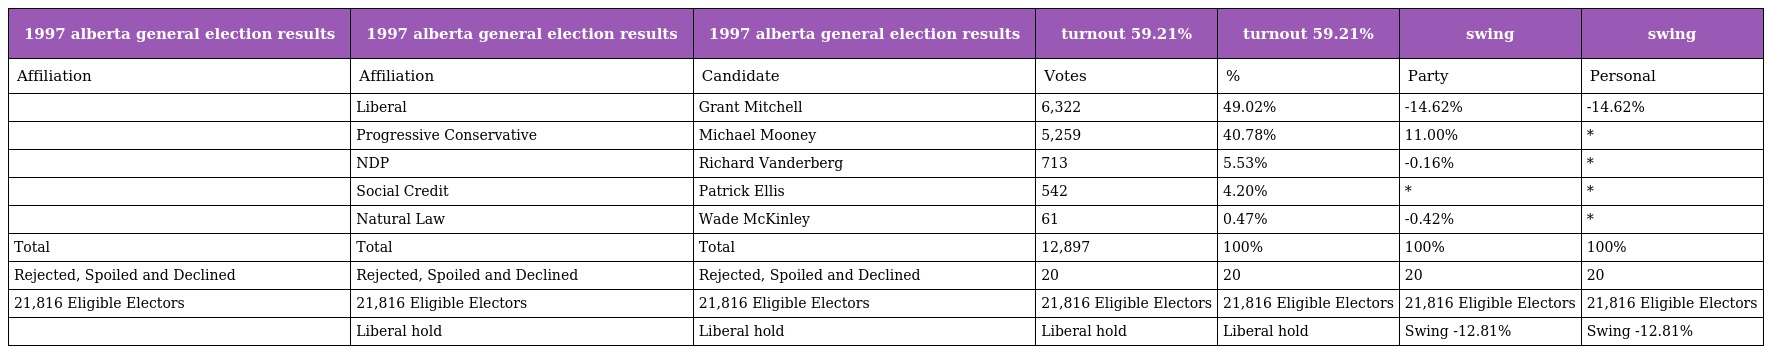
| 1997 alberta general election results | 1997 alberta general election results | 1997 alberta general election results | turnout 59.21% | turnout 59.21% | swing | swing |
 | --- | --- | --- | --- | --- | --- | --- |
 | Affiliation | Affiliation | Candidate | Votes | % | Party | Personal |
 |  | Liberal | Grant Mitchell | 6,322 | 49.02% | -14.62% | -14.62% |
 |  | Progressive Conservative | Michael Mooney | 5,259 | 40.78% | 11.00% | * |
 |  | NDP | Richard Vanderberg | 713 | 5.53% | -0.16% | * |
 |  | Social Credit | Patrick Ellis | 542 | 4.20% | * | * |
 |  | Natural Law | Wade McKinley | 61 | 0.47% | -0.42% | * |
 | Total | Total | Total | 12,897 | 100% | 100% | 100% |
 | Rejected, Spoiled and Declined | Rejected, Spoiled and Declined | Rejected, Spoiled and Declined | 20 | 20 | 20 | 20 |
 | 21,816 Eligible Electors | 21,816 Eligible Electors | 21,816 Eligible Electors | 21,816 Eligible Electors | 21,816 Eligible Electors | 21,816 Eligible Electors | 21,816 Eligible Electors |
 |  | Liberal hold | Liberal hold | Liberal hold | Liberal hold | Swing -12.81% | Swing -12.81% |